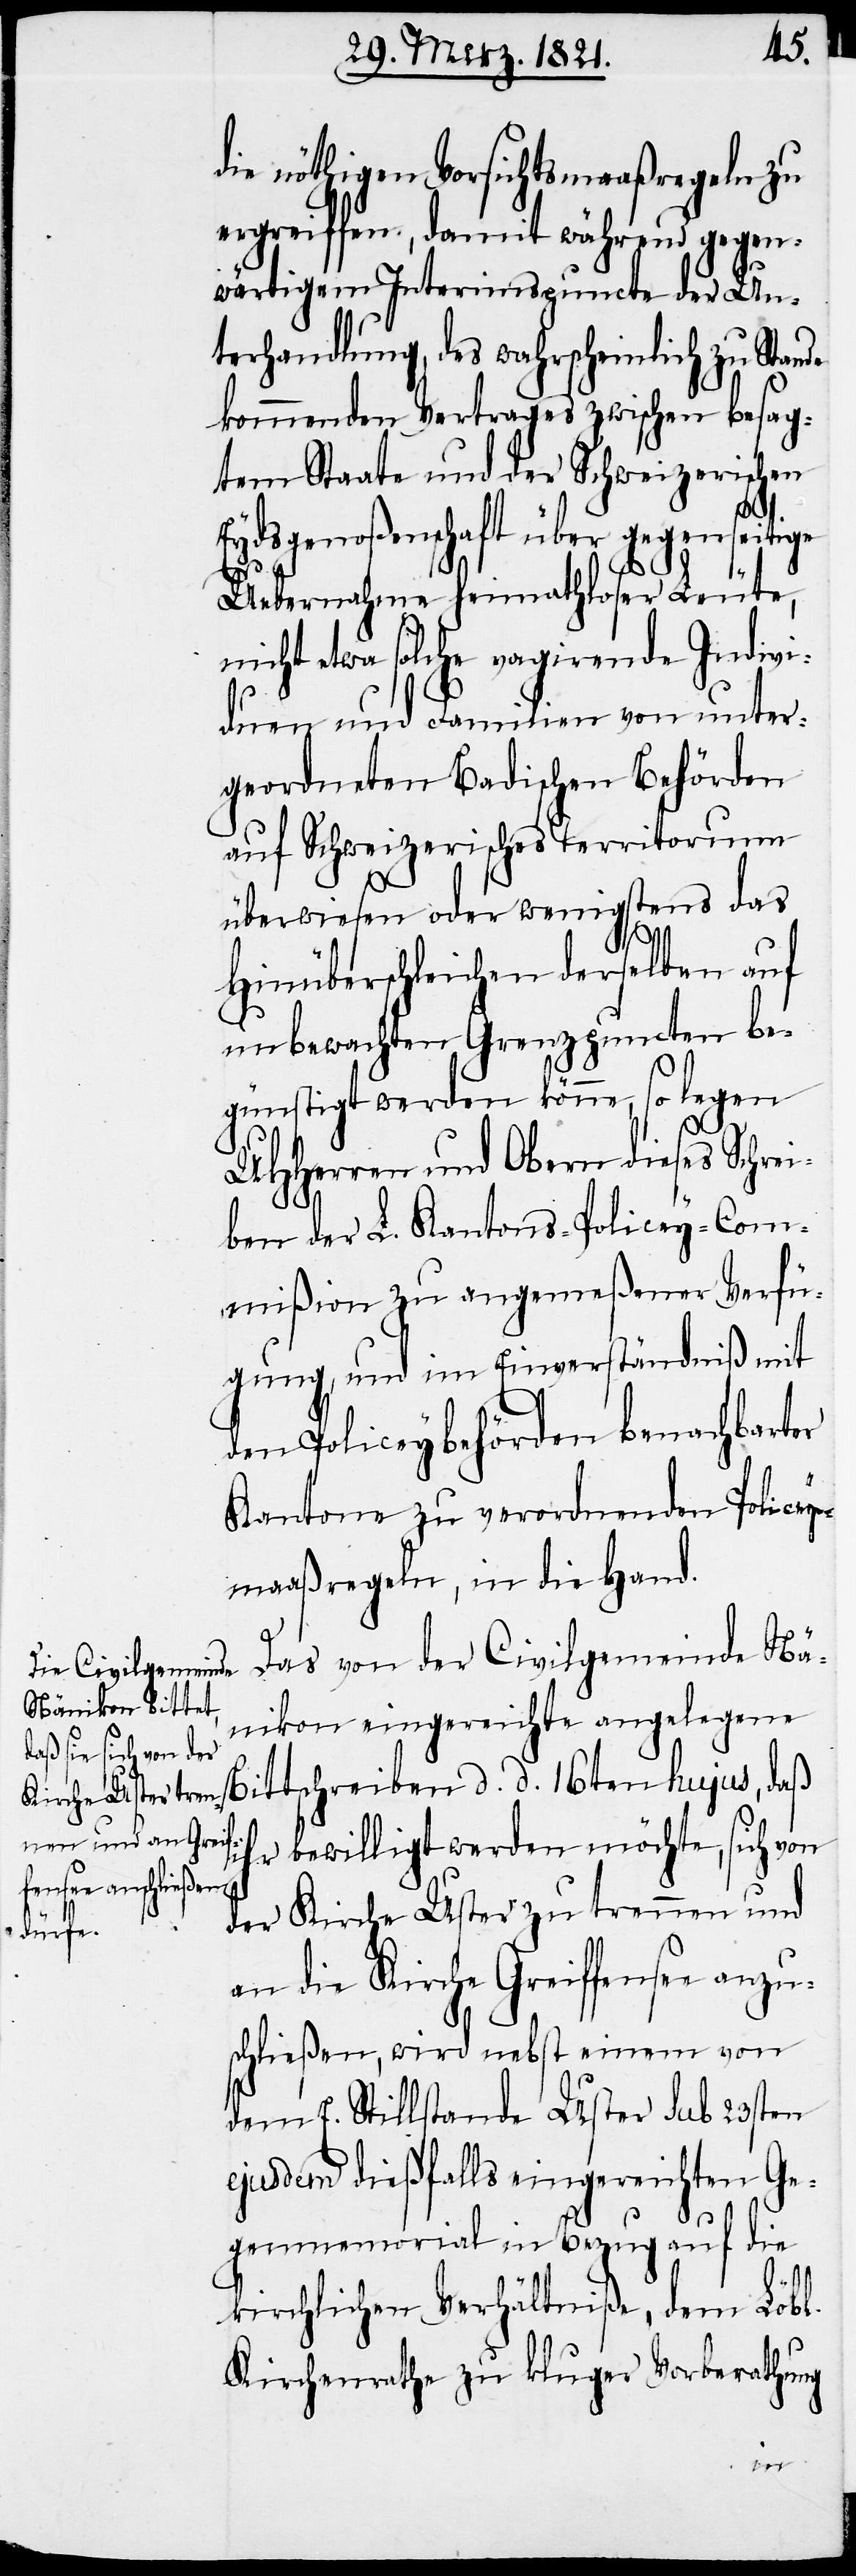
die nöthigen Vorsichtsmaaßregeln zu
ergreiffen, damit während gegen¬
wärtigem Interimspuncte der Un¬
terhandlung, des wahrscheinlich zu Stande
kommenden Vertrages zwischen besag¬
tem Staate und der Schweizerischen
Eydsgenoßenschaft über gegenseitige
Uebernahme heimathloser Leute,
nicht etwa solche vagirende Indivi¬
duen und Familien von unter¬
geordneten Badischen Behörden
auf Schweizerisches Territorium
überwiesen oder wenigstens das
Hinüberschleichen derselben auf
unbewachten Grenzpuncten be¬
günstigt werden könne, so legen
UHHerren und Obern dieses Schre¬
iben der L. Kantons-Policey-Com¬
mißion zu angemeßener Verfü¬
gung, und im Einverständniß mit
den Policeybehörden benachbarter
Kantone zu verordnenden Policey¬
maaßregeln, in die Hand.
Das von der Civilgemeinde Nä¬
nikon eingereichte angelegene
Bittschreiben d. d. 16ten hujus, daß
ihr bewilligt werden möchte, sich von
der Kirche Uster zu trennen und
an die Kirche Greiffensee anzu¬
schließen, wird nebst einem von
dem E. Stillstande Uster sub 23sten
ejusdem dießfalls eingereichten Ge¬
genmemorial in Bezug auf die
kirchlichen Verhältniße, dem Löbl.
Kirchenrathe zu kluger Vorberathung